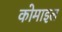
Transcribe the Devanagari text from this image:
कोमाइल